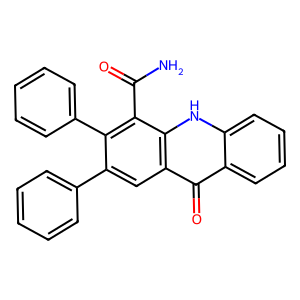
SMILES: NC(=O)c1c(-c2ccccc2)c(-c2ccccc2)cc2c(=O)c3ccccc3[nH]c12
Inhibits HIV replication: No